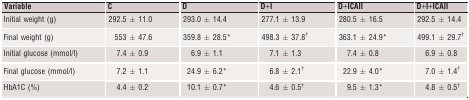
<table><thead><tr><td><b>Variable</b></td><td><b>C</b></td><td><b>D</b></td><td><b>D+I</b></td><td><b>D+ICAII</b></td><td><b>D+I+ICAII</b></td></tr></thead><tbody><tr><td>Initial weight (g)</td><td>292.5 ± 11.0</td><td>293.0 ± 14.4</td><td>277.1 ± 13.9</td><td>280.5 ± 16.5</td><td>292.5 ± 14.4</td></tr><tr><td>Final weight (g)</td><td>553 ± 47.6</td><td>359.8 ± 28.5*</td><td>498.3 ± 37.8†</td><td>363.1 ± 24.9*</td><td>499.1 ± 29.7†</td></tr><tr><td>Initial glucose (mmol/l)</td><td>7.4 ± 0.9</td><td>6.9 ± 1.1</td><td>7.1 ± 1.3</td><td>7.4 ± 0.8</td><td>6.9 ± 0.8</td></tr><tr><td>Final glucose (mmol/l)</td><td>7.2 ± 1.1</td><td>24.9 ± 6.2*</td><td>6.8 ± 2.1†</td><td>22.9 ± 4.0*</td><td>7.0 ± 1.4†</td></tr><tr><td>HbA1C (%)</td><td>4.4 ± 0.2</td><td>10.1 ± 0.7*</td><td>4.6 ± 0.5†</td><td>9.5 ± 1.3*</td><td>4.8 ± 0.5†</td></tr></tbody></table>